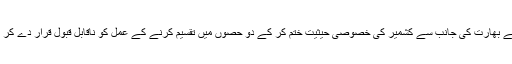
کیونکہ چین نے بھارت کی جانب سے کشمیر کی خصوصی حیثیت ختم کر کے دو حصوں میں تقسیم کرنے کے عمل کو ناقابل قبول قرار دے کر رد کردیا ہے۔